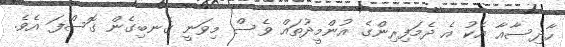
ހާދިސާއާ އެކު އެ ދެމަފިރިންގެ އުންމީދުތައް ވެސް މިވަނީ ގެނބިގެން ގޮސްފަ އެވެ.